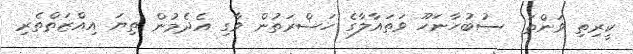
ކީރިތި ވަންތަ  ސުބުހާނަހޫ ވަތައާލާގެ ހަޟްރަތުން ވާގި އެދެމުން ތިޔަ އިއްޒަތްތެރި